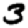
Digit: 3